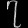
Digit: ၇